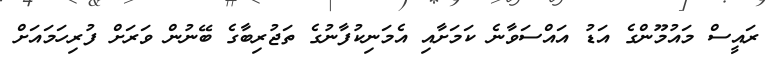
ރައީސް މައުމޫންގެ އަޑު އައްސަވާނެ ކަމަށާއި އެމަނިކުފާނުގެ ތަޖުރިބާގެ ބޭނުން ވަރަށް ފުރިހަމައަށް